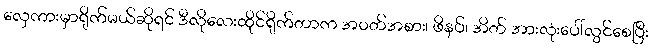
လှေကားမှာရိုက်မယ်ဆိုရင် ဒီလိုလေးထိုင်ရိုက်တာက အဝတ်အစား၊ ဖိနပ်၊ အိတ် အားလုံးပေါ်လွင်စေပြီး